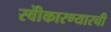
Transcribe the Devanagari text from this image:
स्वीेकारण्यारची